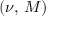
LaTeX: ( \nu , \, M )